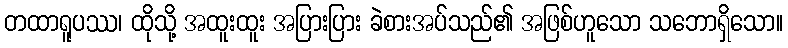
တထာရူပဿ၊ ထိုသို့ အထူးထူး အပြားပြား ခဲစားအပ်သည်၏ အဖြစ်ဟူသော သဘောရှိသော။